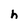
Character: h